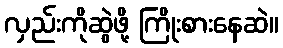
လှည်းကိုဆွဲဖို့ ကြိုးစားနေဆဲ။